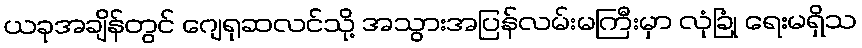
ယခုအချိန်တွင် ဂျေရုဆလင်သို့ အသွားအပြန်လမ်းမကြီးမှာ လုံခြုံ ရေးမရှိသ